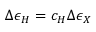
\Delta \epsilon _ { H } = c _ { H } \Delta \epsilon _ { X }